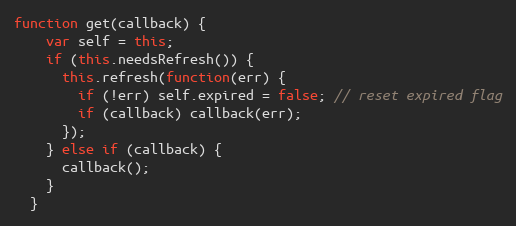
Language: JavaScript
function get(callback) {
    var self = this;
    if (this.needsRefresh()) {
      this.refresh(function(err) {
        if (!err) self.expired = false; // reset expired flag
        if (callback) callback(err);
      });
    } else if (callback) {
      callback();
    }
  }